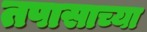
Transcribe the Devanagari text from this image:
तपासाच्या